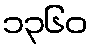
၁၃၆၀